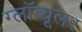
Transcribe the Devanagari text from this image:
ग्लॉब्यूलर